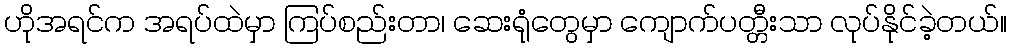
ဟိုအရင်က အရပ်ထဲမှာ ကြပ်စည်းတာ၊ ဆေးရုံတွေမှာ ကျောက်ပတ္တီးသာ လုပ်နိုင်ခဲ့တယ်။